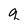
Character: q